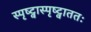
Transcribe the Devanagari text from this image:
स्पृष्ट्वास्पृष्ट्वाततः